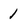
Character: 1